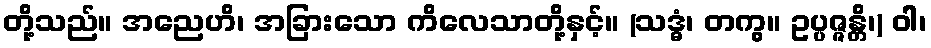
တို့သည်။ အညေဟိ၊ အခြားသော ကိလေသာတို့နှင့်။ (သဒ္ဓံ၊ တကွ။ ဥပ္ပဇ္ဇန္တိ၊) ဝါ၊